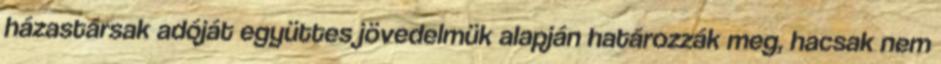
házastársak adóját együttes jövedelmük alapján határozzák meg, hacsak nem